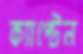
ক্যাপ্টেন